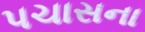
પચાસના